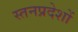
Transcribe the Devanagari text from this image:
स्तनप्रदेशों